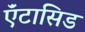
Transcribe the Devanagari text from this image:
ऍंटासिड